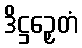
ဒိဋ္ဌဉှေတံ